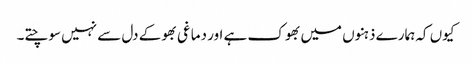
کیوں کہ ہمارے ذہنوں میں بھوک ہے اور دماغی بھوکے دل سے نہیں سوچتے۔